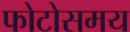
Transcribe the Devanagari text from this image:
फोटोसमय